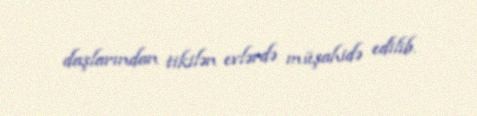
daşlarından tikilən evlərdə müşahidə edilib.